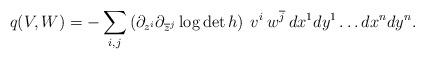
LaTeX: \begin{align*} q(V,W) = - \sum_{i,j} \left( \partial_{z^i} \partial_{\overline{z}^j}\log \det h \right) \: v^i \: w^{\overline{j}} \: dx^1 dy^1 \ldots dx^n dy^n.\end{align*}